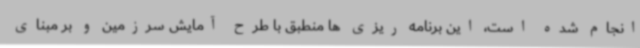
انجام شده است، این برنامه ریزی ها منطبق با طرح آمایش سرزمین و بر مبنای